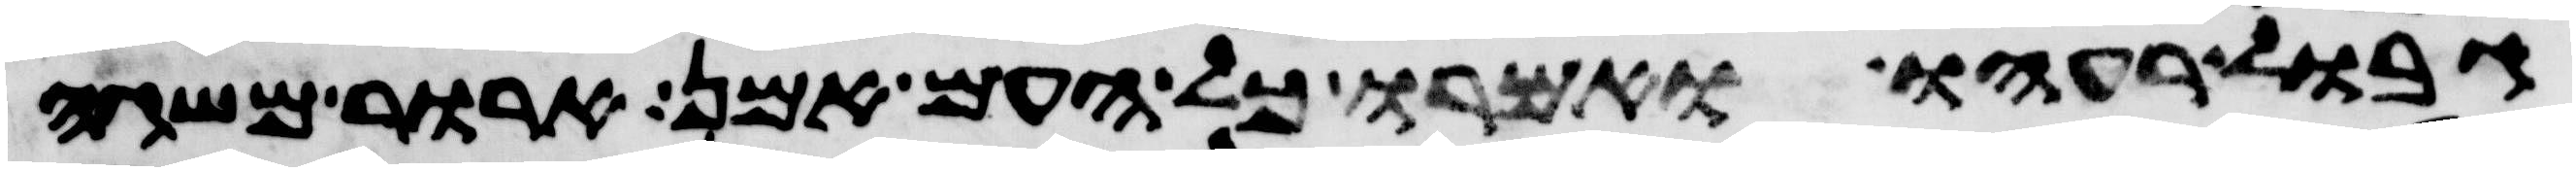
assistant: גבול רעהו ואמרו כל העם אמן ארור משגה